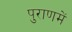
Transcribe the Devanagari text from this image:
पुराणमें